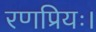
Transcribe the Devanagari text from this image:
रणप्रियः।